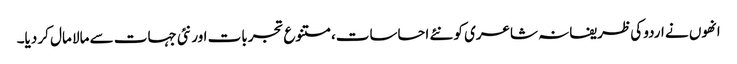
انھوں نے اردو کی ظریفانہ شاعری کو نئے احساسات،متنوع تجربات اور نئی جہات سے مالا مال کر دیا۔